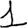
Digit: 1